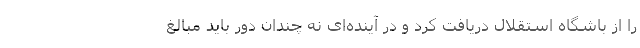
را از باشگاه استقلال دریافت کرد و در آینده‌ای نه چندان دور باید مبالغ